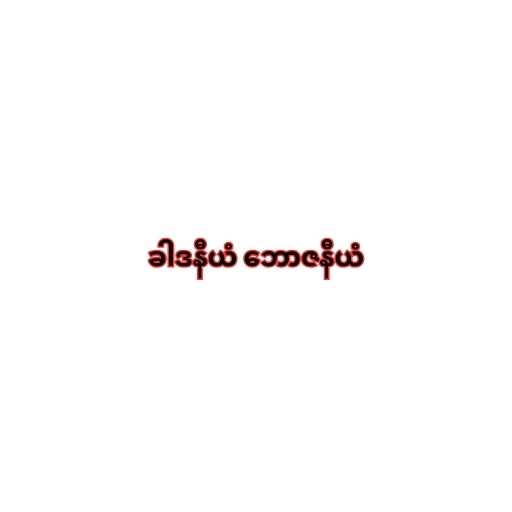
ခါဒနီယံ ဘောဇနီယံ